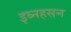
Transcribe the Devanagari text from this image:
इब्नहसन